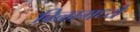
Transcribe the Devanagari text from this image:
बिळामध्ये